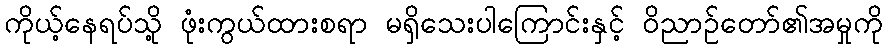
ကိုယ့်နေရပ်သို့ ဖုံးကွယ်ထားစရာ မရှိသေးပါကြောင်းနှင့် ဝိညာဉ်တော်၏အမှုကို